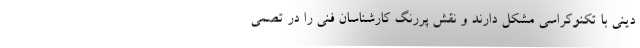
دینی با تکنوکراسی مشکل دارند و نقش پررنگ کارشناسان فنی را در تصمی